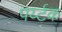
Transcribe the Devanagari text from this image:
पर्य्टक